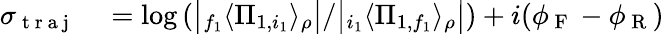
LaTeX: \begin{array}{rl}{\sigma_{\mathrm{~t~r~a~j~}}}&{{}=\log\left(\big\lvert{}_{f_{1}}\langle\Pi_{1,i_{1}}\rangle_{\rho}\big\rvert/\big\lvert{}_{i_{1}}\langle\Pi_{1,f_{1}}\rangle_{\rho}\big\rvert\right)+i(\phi_{\mathrm{~F~}}-\phi_{\mathrm{~R~}})}\end{array}